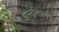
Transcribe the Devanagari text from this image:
आस्ट्रेलियाइयों